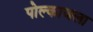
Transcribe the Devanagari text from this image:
पोल्काजला